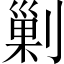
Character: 剿